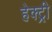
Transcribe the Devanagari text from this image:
हेक्ट्री